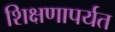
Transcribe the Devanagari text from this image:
शिक्षणापर्यत